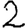
Digit: 2